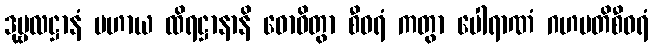
ဒုဗ္ဗလဋ္ဌာနံ ပဟာယ ထိရဋ္ဌာနာနိ ဓောဝိတွာ စီဝရံ ကတွာ ပေါရာဏံ ဂဟပတိစီဝရံ